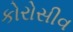
કોરોસીવ